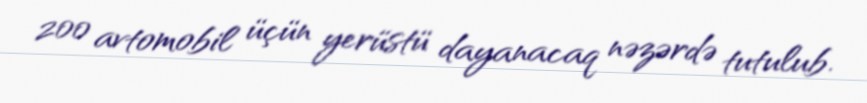
200 avtomobil üçün yerüstü dayanacaq nəzərdə tutulub.